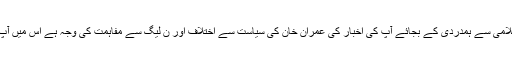
اس میں بھی آپ کی پریشانی جماعت اسلامی سے ہمدردی کے بجائے آپ کی اخبار کی عمران خان کی سیاست سے اختلاف اور ن لیگ سے مفاہمت کی وجہ ہے اس میں آپ جماعت اسلامی کو کیوں گھسیٹتے ہیں۔